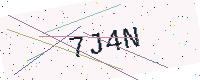
Text: 7J4N